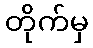
တိုက်မှ